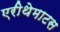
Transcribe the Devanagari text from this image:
एरीथेमाटस